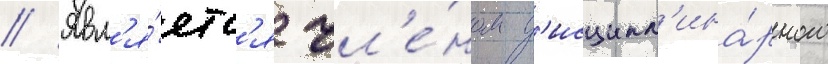
// Явл'я́етс'я чл'е́ном д'исципл'ина́рного